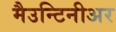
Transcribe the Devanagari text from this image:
मैउन्टिनीअर